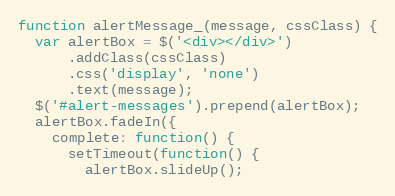
Language: JavaScript
function alertMessage_(message, cssClass) {
  var alertBox = $('<div></div>')
      .addClass(cssClass)
      .css('display', 'none')
      .text(message);
  $('#alert-messages').prepend(alertBox);
  alertBox.fadeIn({
    complete: function() {
      setTimeout(function() {
        alertBox.slideUp();